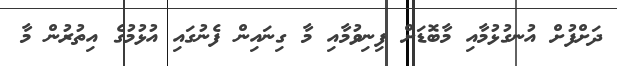
ދަށްފުށް އުނގުޅުމާއި މާބޮޑަށް ފިނިވުމާއި މާ ގިނައިން ފެނުގައި އުޅުމުގެ އިތުރުން މާ